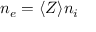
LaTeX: n _ { e } = \langle Z \rangle n _ { i }